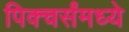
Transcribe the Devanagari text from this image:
पिक्चर्संमध्ये